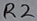
Text: R2